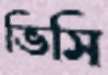
ভিসি